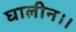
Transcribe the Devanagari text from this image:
घालीन।।